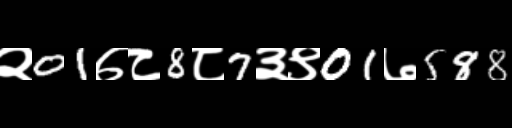
Text: २01७८8८7३९01७588